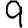
Digit: 9